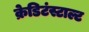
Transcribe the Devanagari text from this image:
क्रेडिटंस्टाल्ट